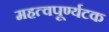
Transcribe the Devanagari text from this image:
महत्वपूर्ण्यटक